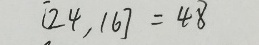
[ 2 4 , 1 6 ] = 4 8